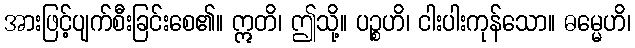
အားဖြင့်ပျက်စီးခြင်းစေ၏။ ဣတိ၊ ဤသို့။ ပဉ္စဟိ၊ ငါးပါးကုန်သော။ ဓမ္မေဟိ၊